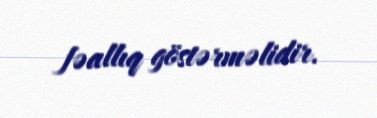
fəallıq göstərməlidir.